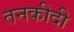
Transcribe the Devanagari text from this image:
तनकीदी